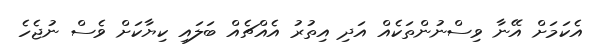
އެކަމަށް އޭނާ ވިސްނުންތަކެއް އަދި އިތުރު އެއްޗެއް ބަލައި ކިޔާކަށް ވެސް ނުޖެހެ